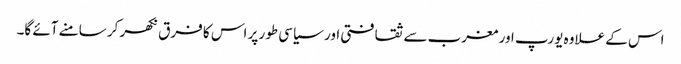
اس کے علاوہ یورپ اور مغرب سے ثقافتی اور سیاسی طور پر اس کا فرق نکھر کر سامنے آئے گا۔